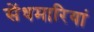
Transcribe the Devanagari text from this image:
सेंधमारियां